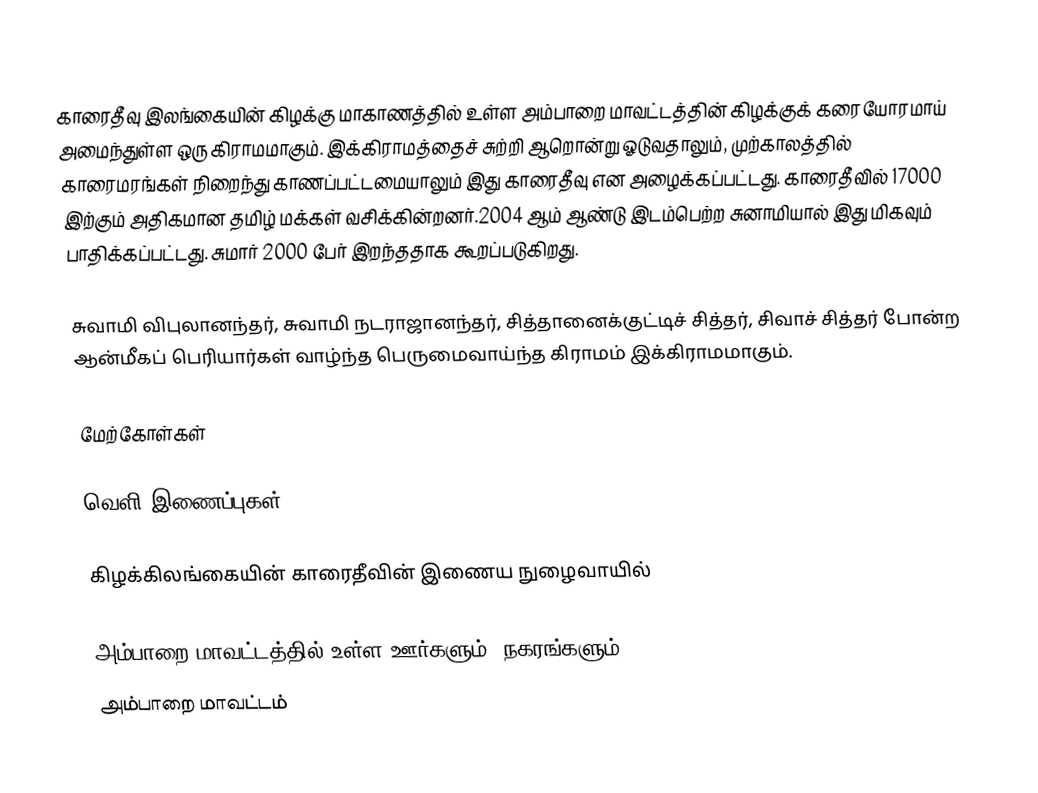
காரைதீவு இலங்கையின் கிழக்கு மாகாணத்தில் உள்ள அம்பாறை மாவட்டத்தின் கிழக்குக் கரையோரமாய் அமைந்துள்ள ஒரு கிராமமாகும். இக்கிராமத்தைச் சுற்றி ஆறொன்று ஓடுவதாலும், முற்காலத்தில் காரைமரங்கள் நிறைந்து காணப்பட்டமையாலும் இது காரைதீவு என அழைக்கப்பட்டது. காரைதீவில் 17000 இற்கும் அதிகமான தமிழ் மக்கள் வசிக்கின்றனர்.2004 ஆம் ஆண்டு இடம்பெற்ற சுனாமியால் இது மிகவும் பாதிக்கப்பட்டது. சுமார் 2000  பேர் இறந்ததாக கூறப்படுகிறது.

சுவாமி விபுலானந்தர், சுவாமி நடராஜானந்தர், சித்தானைக்குட்டிச் சித்தர், சிவாச் சித்தர் போன்ற ஆன்மீகப் பெரியார்கள் வாழ்ந்த பெருமைவாய்ந்த கிராமம் இக்கிராமமாகும்.

மேற்கோள்கள்

வெளி இணைப்புகள்

 கிழக்கிலங்கையின் காரைதீவின் இணைய நுழைவாயில்

அம்பாறை மாவட்டத்தில் உள்ள ஊர்களும், நகரங்களும்
அம்பாறை மாவட்டம்